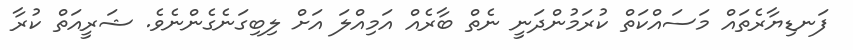
ފަނޑިޔާރެތައް މަސައްކަތް ކުރަމުންދަނީ ނެތް ބާރެއް އަމިއްލަ އަށް ލިބިގަނެގެންނެވެ. ޝަރީއަތް ކުރާ